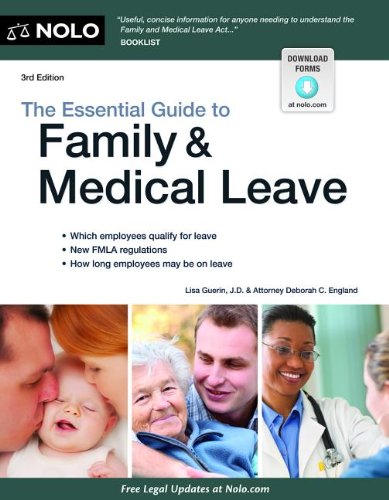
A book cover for Essential Guide to Family & Medical Leave; Lisa Guerin JD; Law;